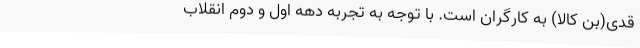
قدی(بن کالا) به کارگران است. با توجه به تجربه دهه اول و دوم انقلاب